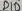
Text: D6